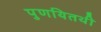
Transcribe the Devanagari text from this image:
पुणयितथी